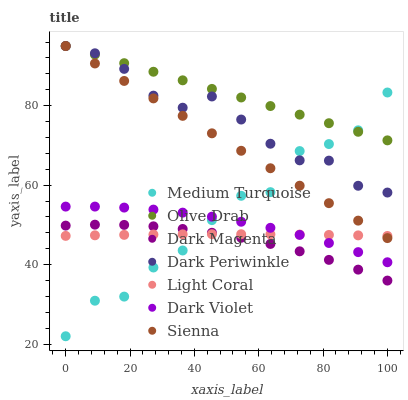
| xaxis_label | Medium Turquoise | Olive Drab | Dark Magenta | Dark Periwinkle | Light Coral | Dark Violet | Sienna |
 | --- | --- | --- | --- | --- | --- | --- | --- |
 | 0 | 22 | 95 | 49.8 | 95 | 47.2 | 54.6 | 95 |
 | 9.09 | 30.9 | 92.8 | 50.1 | 93.2 | 47.4 | 54.6 | 90.6 |
 | 18.2 | 32 | 90.7 | 50 | 89.2 | 47.5 | 54.4 | 86.2 |
 | 27.3 | 39.3 | 88.5 | 49.6 | 82.5 | 47.6 | 53.9 | 81.8 |
 | 36.4 | 43.6 | 86.4 | 49 | 79.5 | 47.6 | 53.1 | 77.4 |
 | 45.5 | 51.2 | 84.2 | 48 | 82.3 | 47.7 | 52.1 | 73 |
 | 54.5 | 57.3 | 82.1 | 46.8 | 76.5 | 47.7 | 50.8 | 68.6 |
 | 63.6 | 58.2 | 79.9 | 45.2 | 70.4 | 47.6 | 49.3 | 64.3 |
 | 72.7 | 68.6 | 77.7 | 43.4 | 66.2 | 47.6 | 47.5 | 59.9 |
 | 81.8 | 70.3 | 75.6 | 41.2 | 66.2 | 47.5 | 45.5 | 55.5 |
 | 90.9 | 73.8 | 73.4 | 38.8 | 59.8 | 47.4 | 43.2 | 51.1 |
 | 100 | 83.3 | 71.3 | 36 | 58.1 | 47.2 | 40.6 | 46.7 |